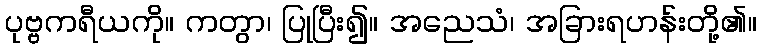
ပုဗ္ဗကရီယကို။ ကတွာ၊ ပြုပြီး၍။ အညေသံ၊ အခြားရဟန်းတို့၏။